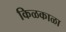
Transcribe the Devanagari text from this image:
किळकाळा